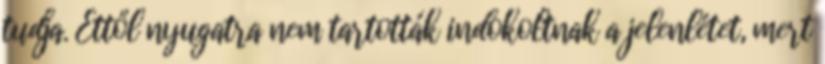
tudja. Ettől nyugatra nem tartották indokoltnak a jelenlétet, mert